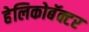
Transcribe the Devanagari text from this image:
हेलिकोबॅक्टर